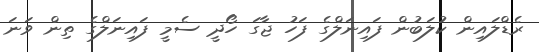
ރެޑްލައިން ކުލަބުން ފައިނަލްގެ ފަހު ޖާގަ ހޯދީ ސެމީ ފައިނަލްގެ ތިން ވަނަ